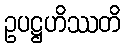
ဥပဋ္ဌဟိဿတိ